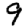
Digit: 9